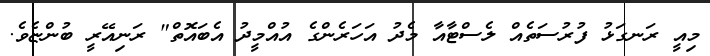
މިއީ ރަނގަޅު ފުރުސަތެއް ލެސްޓާއާ މެދު އަހަރެންގެ އުއްމީދު އެބައޮތް" ރަނިއޭރީ ބުންޏެވެ.